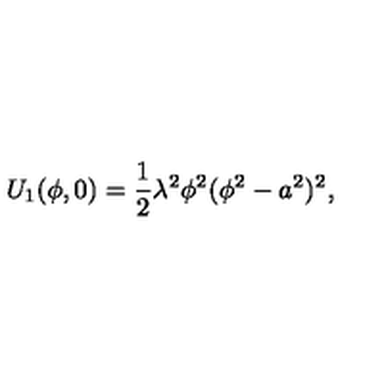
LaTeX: U _ { 1 } ( \phi , 0 ) = \frac { 1 } { 2 } \lambda ^ { 2 } \phi ^ { 2 } ( \phi ^ { 2 } - a ^ { 2 } ) ^ { 2 } ,